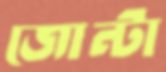
জোন্টা